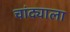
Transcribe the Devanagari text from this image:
चांद्याला